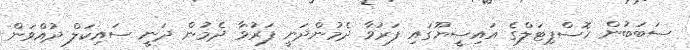
ސަބަބުން ހޮސްޕިޓަލްގެ އައިސީޔޫގައި ފަރުވާ ދެމުންދަނީ ފަރުވާ ދެމުން ދަނީ ސައިކަލް ދުއްވަން